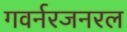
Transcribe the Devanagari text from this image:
गवर्नरजनरल